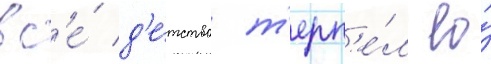
вс'е́ д'е́тство т'ерп'е́л ео́